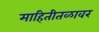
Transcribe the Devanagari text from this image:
माहितीतळावर